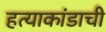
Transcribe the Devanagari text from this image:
हत्याकांडाची